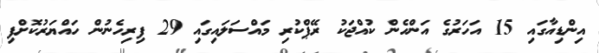
އިންޑިއާގައި 15 އަހަރުގެ އަންހެން ކުއްޖަކު ރޭޕްކުރި މައްސަލައިގައި 29 ފިރިހެނުން ހައްޔަރުކޮށްފި